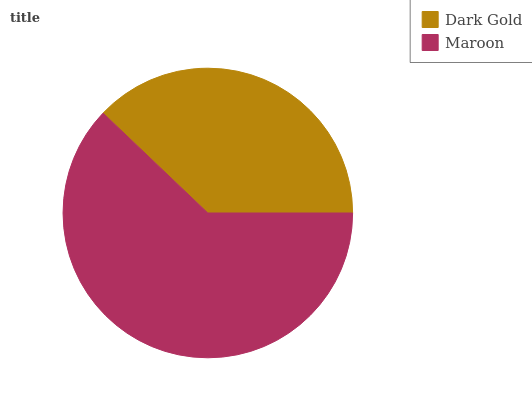
| Dark Gold | Maroon |
 | --- | --- |
 | 37.9% | 62.1% |